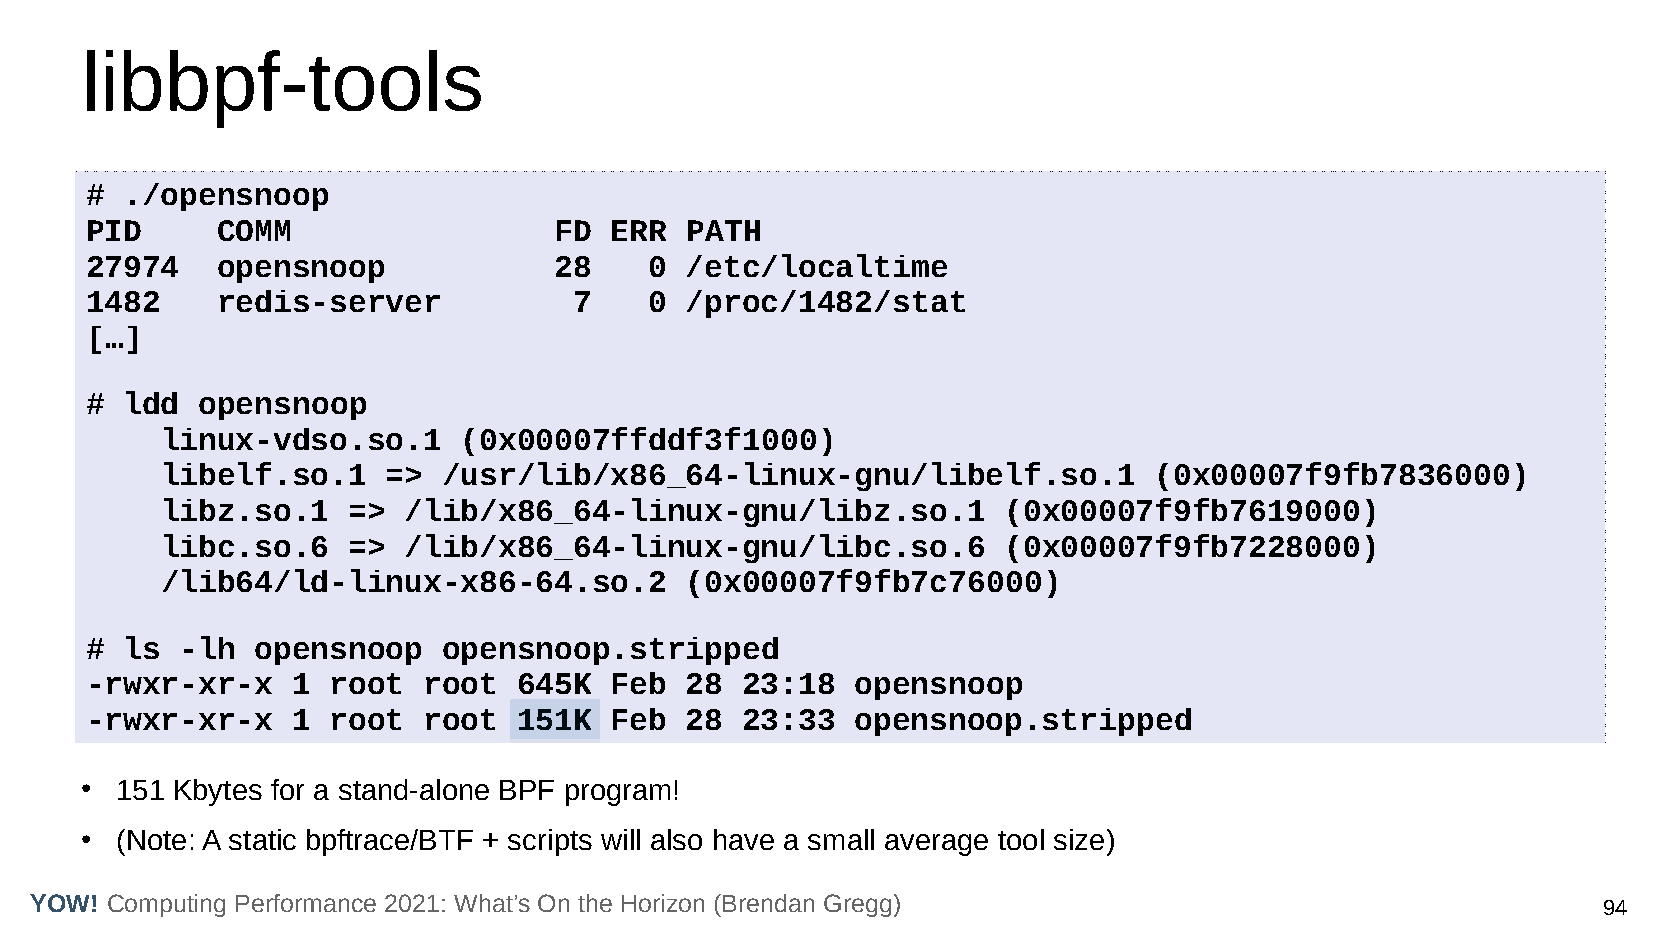
libbpf-tools
 # ./opensnoop
 PID     COMM                   FD ERR  PATH
 27974   opensnoop              28    0 /etc/localtime
 1482    redis-server            7    0 /proc/1482/stat
 […]
 # ldd  opensnoop
 linux-vdso.so.1     (0x00007ffddf3f1000)
 libelf.so.1    => /usr/lib/x86_64-linux-gnu/libelf.so.1          (0x00007f9fb7836000)
 libz.so.1   =>  /lib/x86_64-linux-gnu/libz.so.1         (0x00007f9fb7619000)
 libc.so.6   =>  /lib/x86_64-linux-gnu/libc.so.6         (0x00007f9fb7228000)
 /lib64/ld-linux-x86-64.so.2       (0x00007f9fb7c76000)
 # ls  -lh  opensnoop   opensnoop.stripped
 -rwxr-xr-x   1  root  root  645K  Feb  28  23:18   opensnoop
 -rwxr-xr-x   1  root  root  151K  Feb  28  23:33   opensnoop.stripped
 ●  151 Kbytes for a stand-alone BPF program!
 ●  (Note: A static bpftrace/BTF + scripts will also have a small average tool size)
 YOW! Computing Performance 2021: What’s On the Horizon (Brendan Gregg)                                  94